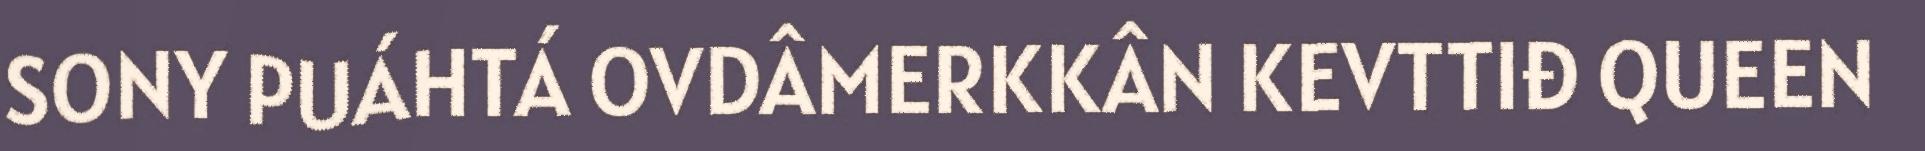
SONY PUÁHTÁ OVDÂMERKKÂN KEVTTIĐ QUEEN